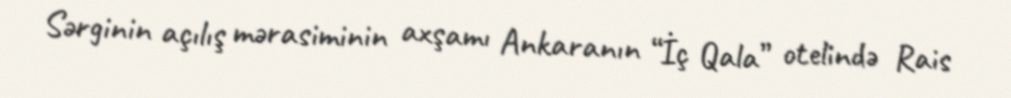
Sərginin açılış mərasiminin axşamı Ankaranın “İç Qala” otelində Rais